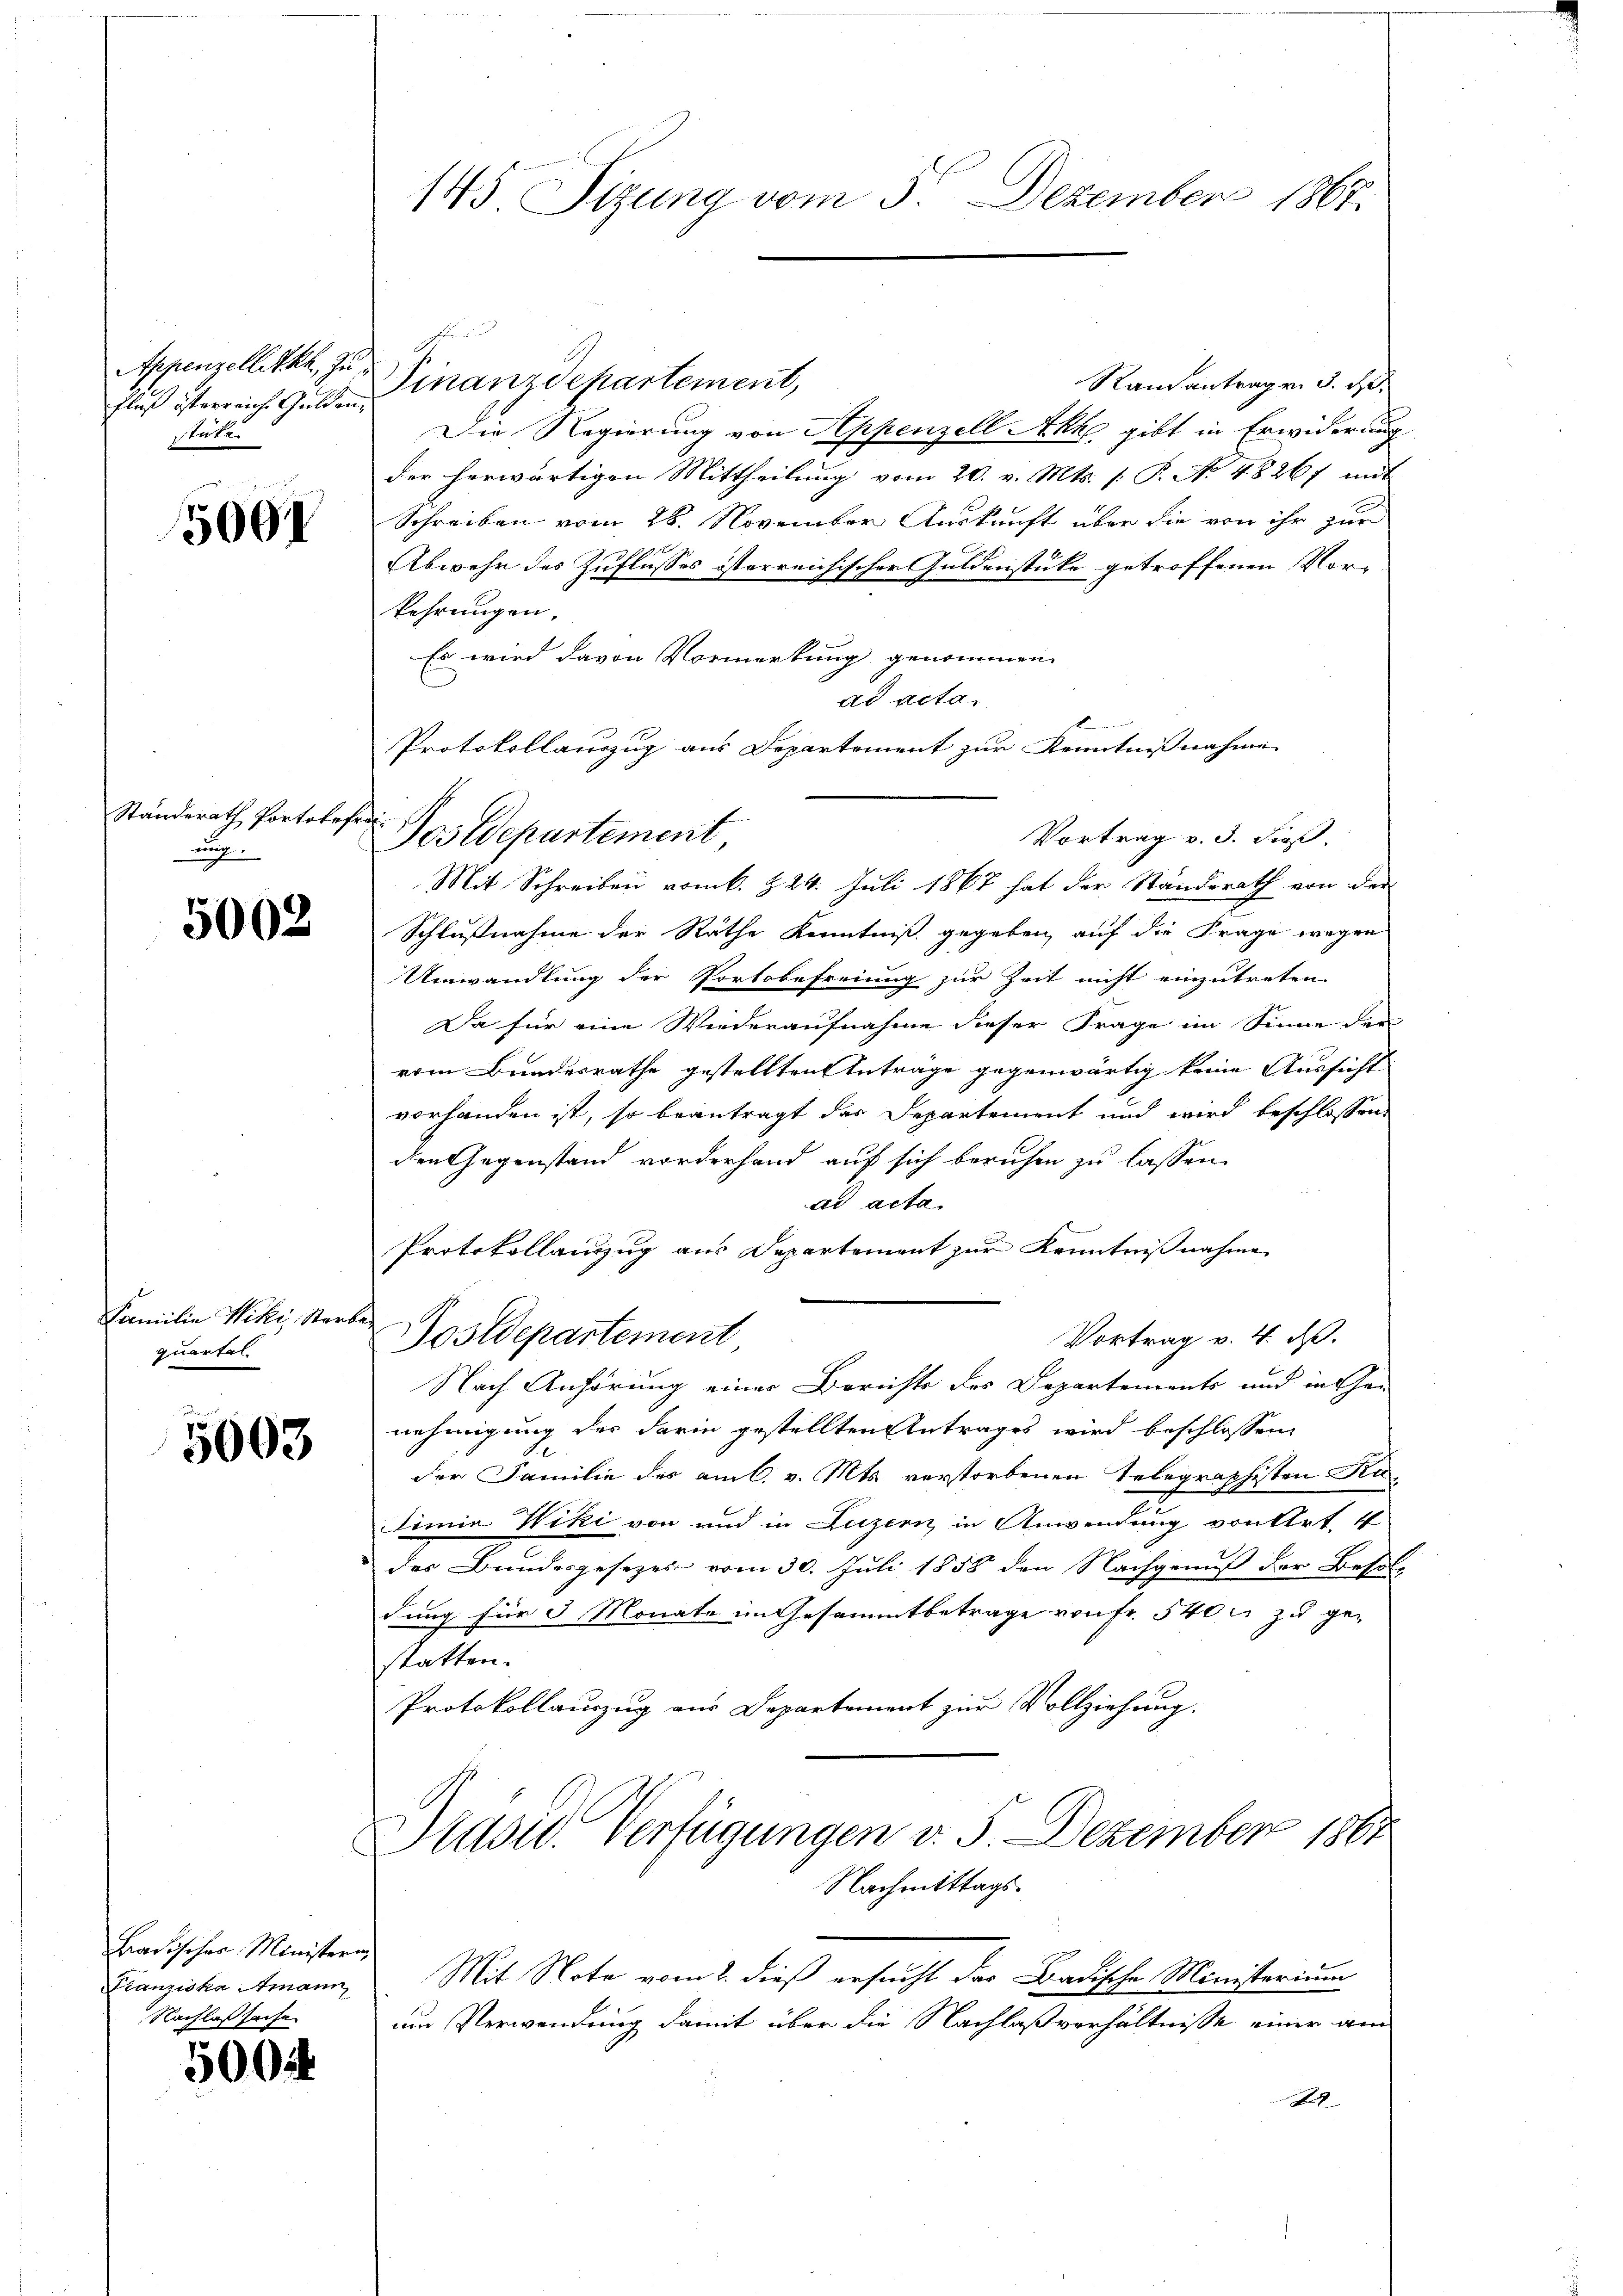
Appenzelletha, zu
Flaß österreiche Gulden- |
tete.

1500

Standerath Portokefre
ung.

5002

Familie Niki, Starb
quartal

5603

Badischer Ministerin
Franziska Amann,
Nachlaßsache

500.

145 Sizung vom 5. Dezember 1867.

Finanzdepartement,
Rautantragen 3. d.
Die Regierung von Appenzell Akk gibt in Erwiderung
der herwärtigen Mittheilung vom 20. v. Mts. 1. P. N. 4826f mit
Schreiben vom 28. November Auskunft aber sie von ihr zur
Abwehr des Zuflusses österreichischer Guldenstüke getroffenen Vor-
kehrungen.
Es wird davon Vormerkung genommen.
ad acta.
Protokollauszug aus Departement zur Kenntnißnahme
Vortrag v. 3. dieß.
Postdepartement
Mit Schreiben vom 6. Z. 24. Juli 1867 hat der Standerath von der
Schlußnahme der Räthe Kenntniß gegeben auf die Frage wegen
Umwandlung der Portobefreiung zur Zeit nicht einzutreten
Da für eine Wiederaufnahme dieser Frage im Sinne der
vom Bundesrathe gestellten Anträge gegenwärtig keine Aussicht
vorhanden ist, so beantragt der Departement und wird beschlossen
den Gegenstand vorderhand auf sich beruhen zu lassen.
dd acta.
Protokollanzug aus Departement zur Kenntnißnahme
h
Dostdepartement
Vortrag v. 4. ds.
Nach Anhörung einer Berichte des Departements und in Genehmigung des darin gestellten Antrages wird beschlossen:
der Familie des am 6. v. Mts. verstorbenen Telegraphisten Ku
Dinna Wiki von und in Luzern in Anwendung von Art. 4
des Bundesgesezes vom 30. Juli 1858 den Nachgenuß der Besoldung für 3 Monate im Gesammtbetrage von fr. 5400 zu gestatten.
Protokollauszug aus Departement zur Vollziehung.
Präsid. Verfügungen v. 5. Dezember 1864
Nachmittags-
Mit Nota vom 2. dieß ersucht das Badische Ministerium
um Verwendung damit über die Nachlaßverhältnisse einer am
2

E